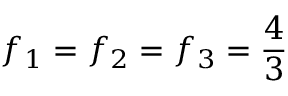
f _ { 1 } = f _ { 2 } = f _ { 3 } = \frac 4 3